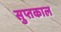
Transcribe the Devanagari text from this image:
सुप्तकाल